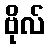
ဗိုလ်